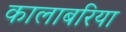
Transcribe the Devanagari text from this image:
कालाबरिया